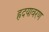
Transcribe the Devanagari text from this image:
ह्रदयावरण